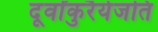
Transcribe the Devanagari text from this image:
दूर्वांकुरैर्यजति